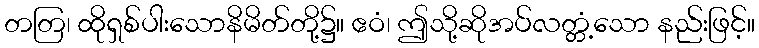
တတြ၊ ထိုရှစ်ပါးသောနိမိတ်တို့၌။ ဧဝံ၊ ဤသို့ဆိုအပ်လတ္တံ့သော နည်းဖြင့်။